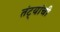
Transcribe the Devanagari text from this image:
तंट्यांची